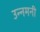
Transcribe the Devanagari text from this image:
उन्नमनी